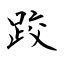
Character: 跤